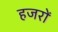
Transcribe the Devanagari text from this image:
हजरों